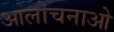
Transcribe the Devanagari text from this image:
आलोचनाओ